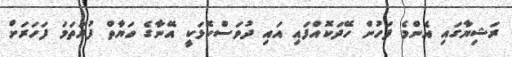
ރަޝިޔާގައި އެންމެ ފަހުން ހޭދަކޮއްފައި އައި ދުވަސްކޮޅަކީ އޭނާގެ ހަޔާތް ފުރަތަމަ ފަހަރަށް